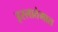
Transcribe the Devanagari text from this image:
इस्लातेमाल